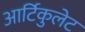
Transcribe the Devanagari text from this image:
आर्टिकुलेट